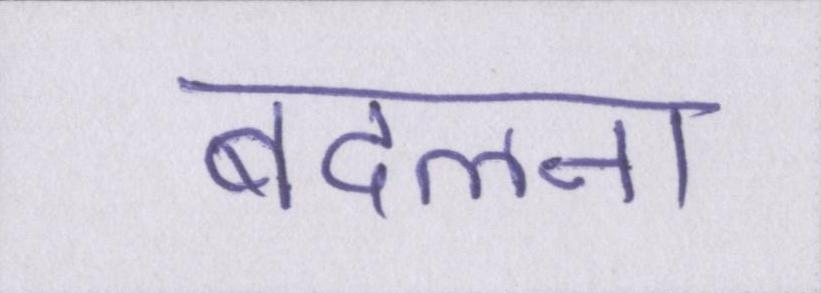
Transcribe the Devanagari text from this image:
बदलना